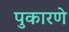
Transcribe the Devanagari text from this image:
पुकारणे